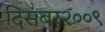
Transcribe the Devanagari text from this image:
दिसंबर२००९